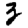
Digit: 3